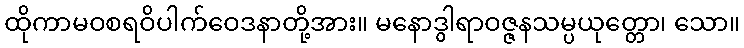
ထိုကာမဝစရဝိပါက်ဝေဒနာတို့အား။ မနောဒွါရာဝဇ္ဇနသမ္ပယုတ္တော၊ သော။